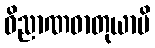
ဝိညာဏဓာတုယာပိ